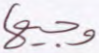
وجيها